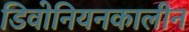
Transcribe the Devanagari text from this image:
डिवोनियनकालीन